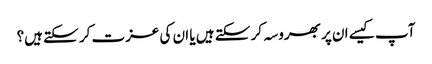
آپ کیسے ان پر بھروسہ کر سکتے ہیں یا ان کی عزت کر سکتے ہیں؟